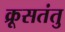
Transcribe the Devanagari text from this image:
क्रूसतंतु